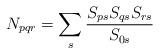
LaTeX: \begin{align*}N_{pqr}=\sum _{s}\frac{S_{ps}S_{qs}S_{rs}}{S_{0s}}\end{align*}